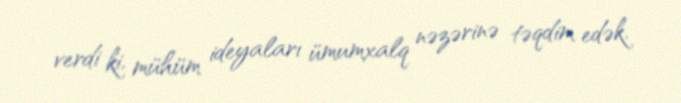
verdi ki, mühüm ideyaları ümumxalq nəzərinə təqdim edək.